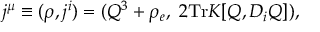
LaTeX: j ^ { \mu } \equiv ( \rho , j ^ { i } ) = ( Q ^ { 3 } + \rho _ { e } , \; 2 \mathrm { T r } K [ Q , D _ { i } Q ] ) ,